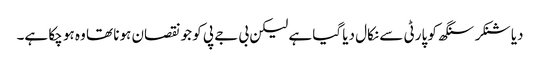
دیا شنکر سنگھ کو پارٹی سے نکال دیا گیا ہے لیکن بی جے پی کو جو نقصان ہونا تھا وہ ہو چکا ہے۔